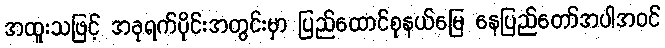
အထူးသဖြင့် အခုရက်ပိုင်းအတွင်းမှာ ပြည်ထောင်စုနယ်မြေ နေပြည်တော်အပါအဝင်